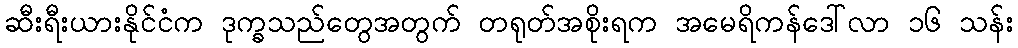
ဆီးရီးယားနိုင်ငံက ဒုက္ခသည်တွေအတွက် တရုတ်အစိုးရက အမေရိကန်ဒေါ်လာ ၁၆ သန်း